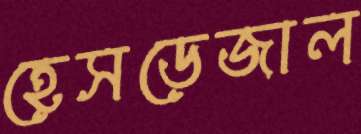
হেসডেজাল